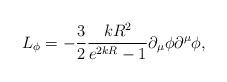
LaTeX: \begin{align*}L_\phi = -\frac{3}{2}\frac{kR^2}{ e^{2kR}-1} \partial_\mu \phi\partial^\mu\phi,\end{align*}